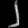
Digit: ၂